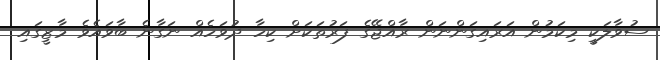
ސުވާލަކީ މިކަމުން އަރައިގަންނަން ރާއްޖޭގެ ފަރުތަކަށް ކިހާ ދުވަހެއް ނަގާނެ ބާވައެވެ މާޒީގައި